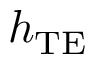
h _ { \mathrm { T E } }